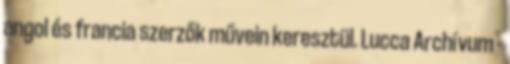
angol és francia szerzők művein keresztül. Lucca Archívum -